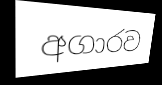
අගාරව